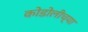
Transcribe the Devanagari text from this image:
कोडोलीच्या